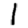
Digit: 1